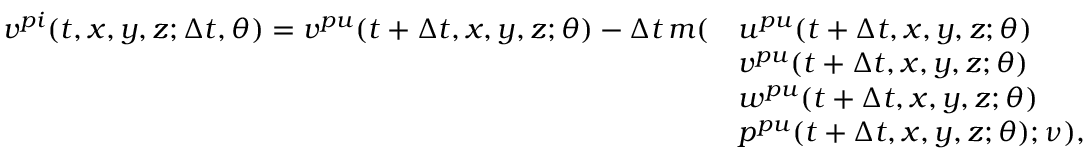
\begin{array} { r l } { v ^ { p i } ( t , x , y , z ; \Delta t , \theta ) = v ^ { p u } ( t + \Delta t , x , y , z ; \theta ) - \Delta t \, m ( } & { u ^ { p u } ( t + \Delta t , x , y , z ; \theta ) } \\ & { v ^ { p u } ( t + \Delta t , x , y , z ; \theta ) } \\ & { w ^ { p u } ( t + \Delta t , x , y , z ; \theta ) } \\ & { p ^ { p u } ( t + \Delta t , x , y , z ; \theta ) ; \nu ) , } \end{array}